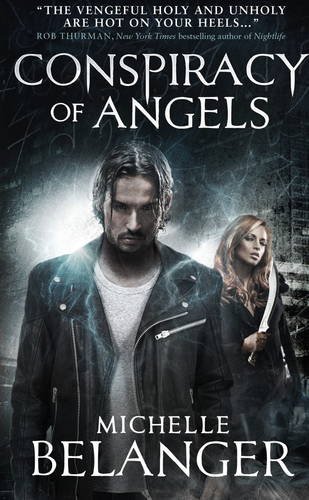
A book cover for Conspiracy of Angels: Novels of the Shadowside 1; Michelle Belanger; Science Fiction & Fantasy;